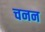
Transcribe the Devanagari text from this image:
चनन